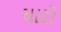
યારો